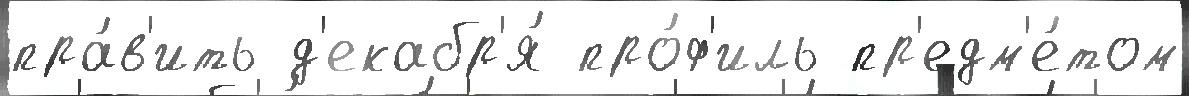
пра́в'ить д'екабр'я́ про́ф'иль пр'едм'е́том